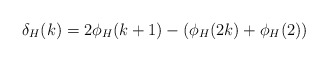
\begin{align*} \delta_H(k) = 2\phi_H(k+1) - (\phi_H(2k) + \phi_H(2)) \end{align*}